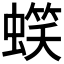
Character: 𧏣